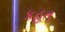
કહત